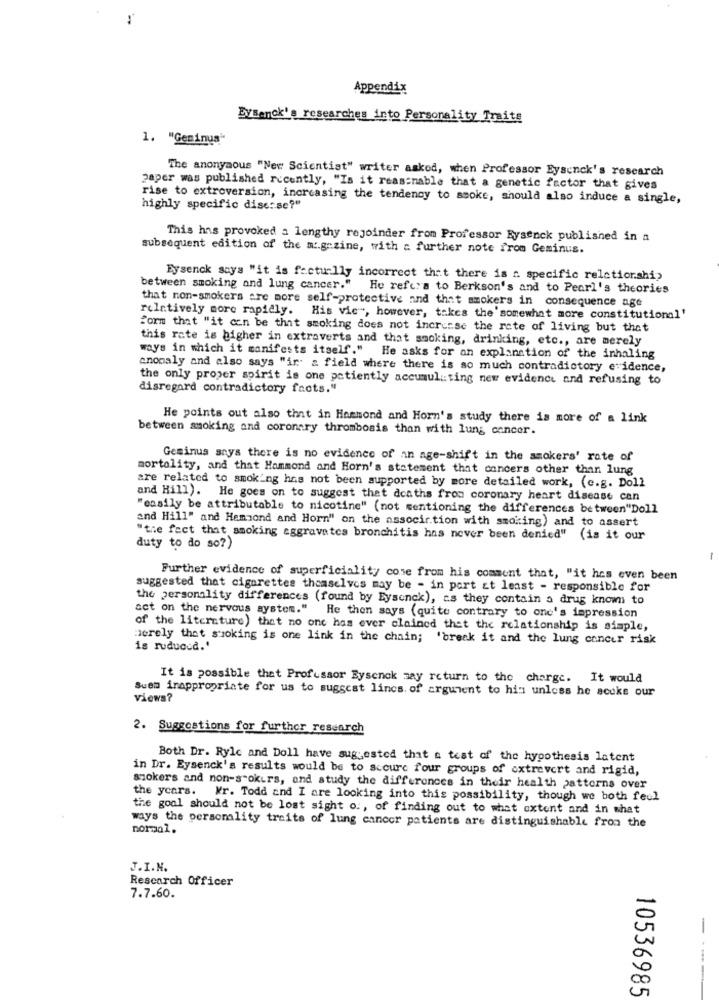
-
Appendix
Eysenck's researches into Personality Traits
1. "Geminus"
The anonymous "New Scientist" writer askod, when Professor Eysenck's research
paper was published recently, "Is it reasonable that a genetic factor that gives
rise to extroversion, increasing the tendency to smoke, should also induce a single,
highly specific disc:se?"
This has provoked a lengthy rejoinder from Professor Eysenck published in a
subsequent edition of the as.gazine, with a further note from Geminus.
Eysenck says "it is facturlly incorrect that there is f. specific relationship
between smoking and lung cancer."
He refers to Berkson's and to Pearl's theories
that non-smokers are more self-protective and that smokers in consequence age
relatively more rapidly. His vic", however, takes the'somewhat more constitutional'
form that "it can be that smoking does not increase the rate of living but that
this rate is higher in extraverts and that smoking, drinking, etc ., are merely
ways in which it manifests itself." He asks for an explanation of the inhaling
anomaly and also says "ir & field where there is so much contradictory evidence,
the only proper spirit is one patiently accumuliting new evidence and refusing to
disregard contradictory facts."
He points out also that in Hammond and Horn's study there is more of a link
between smoking and coronary thrombosis than with lung cancer.
Geminus says there is no evidence of an age-shift in the smokers' rate of
mortality, and that Hammond and Horn's statement that concers other than lung
are related to smoking has not been supported by more detailed work, (e.g. Doll
and Hill). He goes on to suggest that deaths from coronary heart disease can
"easily be attributable to nicotine" (not mentioning the differences between"Doll
and Hill" and Hemiond and Horn" on the associr.tion with smoking) and to assert
"the fact that smoking aggravates bronchitis has never been denied" (is it our
duty to do so?)
Further evidence of superficiality come from his comment that, "it hos even been
suggested that cigarettes themselves may be - in port at least - responsible for
the personality differences (found by Eysenck), as they contain a drug known to
act on the nervous system." He then says (quite contrary to one's impression
of the literature) that no one has ever clained that the relationship is simple,
merely that suoking is one link in the chain; 'break it and the lung cancer risk
is ruducea.'
It is possible that Professor Eysenck say return to the charge. It would
Suem inappropriate for us to suggest lincs. of argument to his unless he scuke our
views?
2. Suggestions for further research
Both Dr. Ryle and Doll have suggested that a test of the hypothesis latent
in Dr. Eysenck's results would be to scourc four groups of oxtrevert and rigid,
smokers and non-s"okurs, and study the differences in their health patterns over
the ycars. Mr. Todd and I are looking into this possibility, though we both fecl
the goal should not be lost sight o ., of finding out to what extent and in what
ways the personality traits of lung cancer patients are distinguishable from the
normal.
J.I.N.
Rescarch Officer
7.7.60.
-
---
10536985